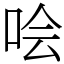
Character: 哙